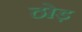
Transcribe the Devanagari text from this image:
ठोड़